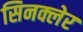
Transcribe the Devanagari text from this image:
सिनक्लेर